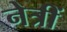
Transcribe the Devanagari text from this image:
नेत्रीं